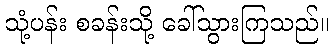
သုံ့ပန်း စခန်းသို့ ခေါ်သွားကြသည်။